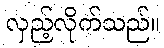
လှည့်လိုက်သည်။